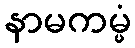
နာမကမ္မံ